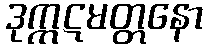
ဒုက္ကဋမတ္တနော